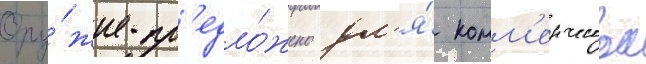
Ору́жие пр'едло́жено дл'я́ комм'ерческои